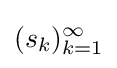
(s_{k})_{k=1}^{\infty }